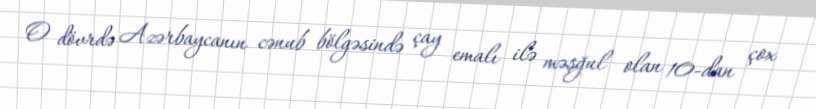
O dövrdə Azərbaycanın cənub bölgəsində çay emalı ilə məşğul olan 10-dan çox